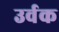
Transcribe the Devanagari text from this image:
उर्वक